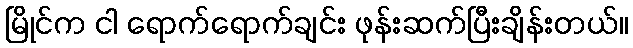
မြိုင်က ငါ ရောက်ရောက်ချင်း ဖုန်းဆက်ပြီးချိန်းတယ်။